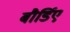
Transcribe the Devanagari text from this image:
बौर्डिए